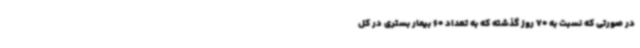
در صورتی که نسبت به 70 روز گذشته که به تعداد 60 بیمار بستری در کل